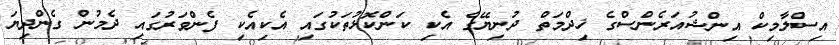
އިސްލާމިކް އިންޝުއަރެންސްގެ ޚިދްމަތް ދުނިޔޭގެ އެކި ކަންކޮޅުތަކުގައި އެކިއެކި ފެންވަރުގައި ދެމުން ގެންދިޔަ